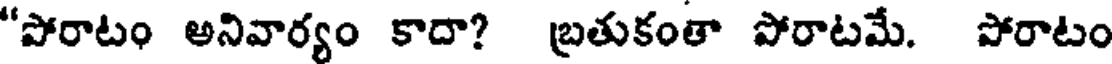
"పోరాటం అనివార్యం కాదా? బ్రతుకంతా పోరాటమే. పోరాటం